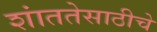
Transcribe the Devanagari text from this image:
शांततेसाठीचे